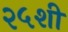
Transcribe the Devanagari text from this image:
२५शी